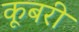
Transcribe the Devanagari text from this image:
कूबरी